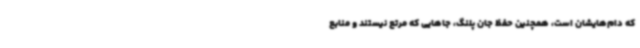
که دام‌هایشان است، همچنین حفظ جان پلنگ، جاهایی که مرتع نیستند و منابع